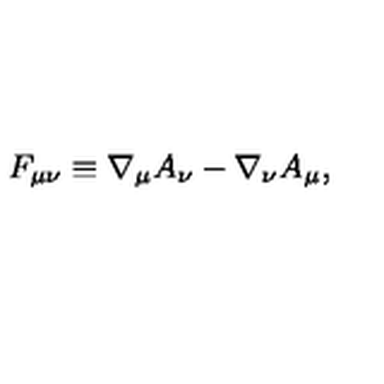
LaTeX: F _ { \mu \nu } \equiv \nabla _ { \mu } A _ { \nu } - \nabla _ { \nu } A _ { \mu } ,